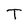
Character: T